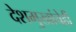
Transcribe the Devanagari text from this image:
देशमुखांचेही